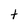
Character: t